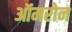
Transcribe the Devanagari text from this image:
ऑमरोन